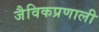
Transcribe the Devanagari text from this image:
जैविकप्रणाली